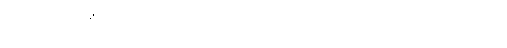
ရူပံယေဝ၊ အဆင်းကိုသာလျှင်။ ပဿေယျာမယထာ၊ မြင်ကုန်ရာ၏။ ဣတိ၊ ဤသို့။